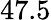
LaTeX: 47.5